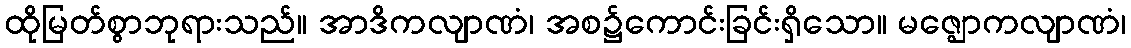
ထိုမြတ်စွာဘုရားသည်။ အာဒိကလျာဏံ၊ အစ၌ကောင်းခြင်းရှိသော။ မဇ္ဈောကလျာဏံ၊